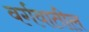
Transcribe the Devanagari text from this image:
वर्गवातील